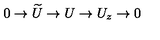
0 \rightarrow \widetilde { U } \rightarrow U \rightarrow U _ { z } \rightarrow 0